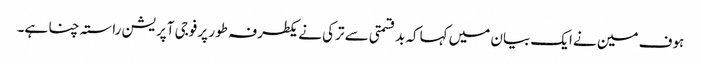
ہوف مین نے ایک بیان میں کہاکہ بدقسمتی سے ترکی نے یکطرفہ طور پر فوجی آپریشن راستہ چنا ہے۔